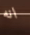
انه